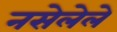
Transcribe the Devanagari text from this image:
नसेलेले